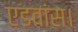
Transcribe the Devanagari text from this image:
एडवांस।